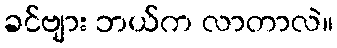
ခင်ဗျား ဘယ်က လာတာလဲ။